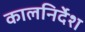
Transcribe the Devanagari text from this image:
कालनिर्देश